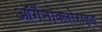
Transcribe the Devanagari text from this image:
ऑर्गैनोक्लोराइड